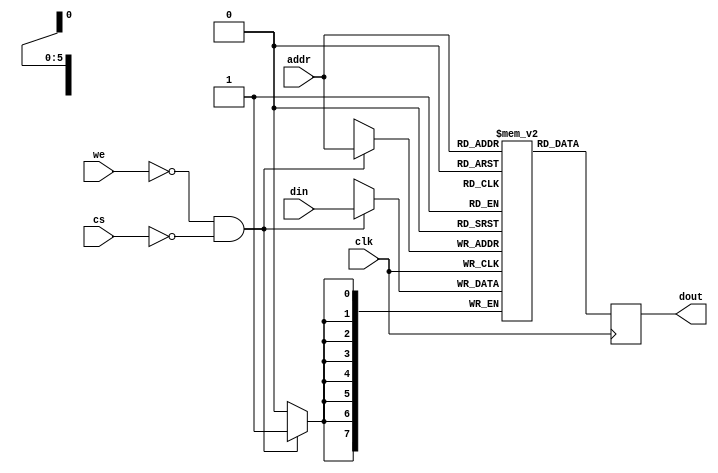

module io (
  input clk,
  input [5:0] addr,
  input [7:0] din,
  input we,
  output reg [7:0] dout,
  input cs
);

reg [7:0] memory[63:0];
initial begin
  memory[6'h38] = 8'h01;
  memory[6'h39] = 8'h0c;
  memory[6'h3e] = 8'ha0;
  memory[6'h3f] = 8'h27;
end

always @(posedge clk) begin
  if (~we && ~cs) memory[addr] <= din;
  dout <= memory[addr];
end

endmodule